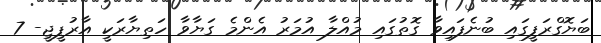
ބަޔޮގްރަފީގައި ބުނެފައިވާ ގޮތުގައި މުއްލާ އުމަރު އެންމެ ގަޔާވާ ހަތިޔާރަކީ އާރުޕީޖީ- 7